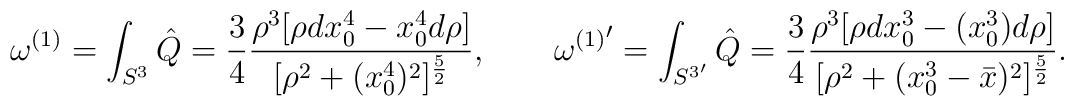
\omega^{(1)}=\int_{S^3}\hat Q={3\over 4}{\rho^3 [\rho dx_0^4-x_0^4 d\rho]\over [\rho^2+(x_0^4)^2]^{5\over 2}},\quad\quad{\omega^{(1)}}^\prime=\int_{{S^3}^\prime}\hat Q={3\over 4}{\rho^3 [\rho dx_0^3-(x_0^3) d\rho]\over [\rho^2+(x_0^3-\bar x)^2]^{5\over 2}}.